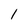
Character: 1